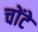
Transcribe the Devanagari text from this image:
चोंटे